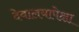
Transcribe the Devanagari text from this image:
देवालयापेक्षा